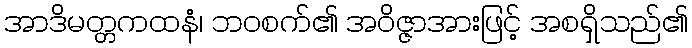
အာဒိမတ္တကထနံ၊ ဘဝစက်၏ အဝိဇ္ဇာအားဖြင့် အစရှိသည်၏